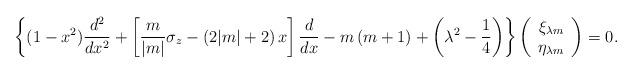
LaTeX: \begin{align*} \left\{(1-x^2)\frac{d^2}{dx^2} + \left[\frac m{|m|}\sigma_z - (2|m| +2)\, x\right] \frac d{dx} -m\,(m+1) + \left(\lambda^2 - \frac 14\right) \right\} \left( \begin{array}{c} \xi_{\lambda m} \\ \eta_{\lambda m} \end{array} \right) = 0.\end{align*}